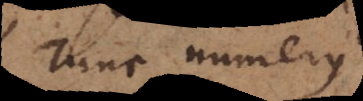
tunc numerus